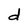
Character: d